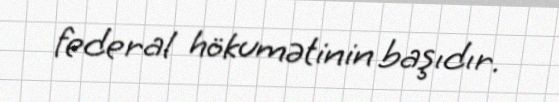
federal hökumətinin başıdır.